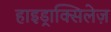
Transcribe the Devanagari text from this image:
हाइड्राक्सिलेज़